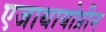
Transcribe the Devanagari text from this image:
एजाथायोप्रीन